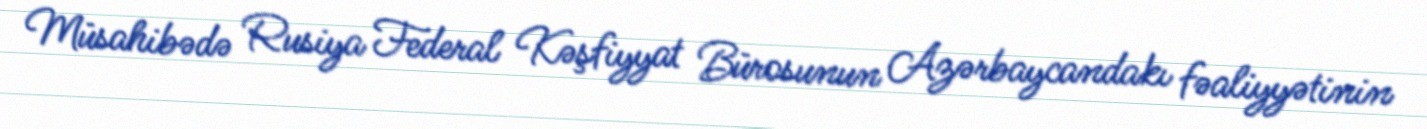
Müsahibədə Rusiya Federal Kəşfiyyat Bürosunun Azərbaycandakı fəaliyyətinin